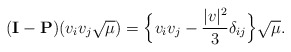
\begin{align*}(\mathbf{I} - \mathbf{P})( v_i v_j \sqrt{\mu} ) = \Big\{v_iv_j - \frac{|v|^2}{3} \delta_{ij}\Big\} \sqrt{\mu}.\end{align*}